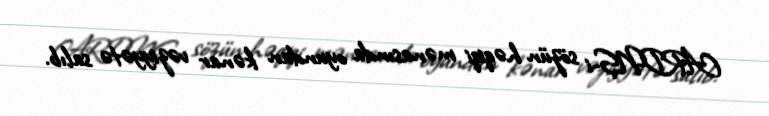
ARDNŞ-i sözün həqiqi mənasında oyundan kənar vəziyyətə salıb.